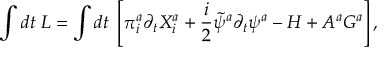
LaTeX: \int d t \; { \cal L } = \int d t \; \left[ \pi _ { i } ^ { a } \partial _ { t } X _ { i } ^ { a } + \frac { i } { 2 } \tilde { \psi } ^ { a } \partial _ { t } \psi ^ { a } - H + A ^ { a } G ^ { a } \right] ,